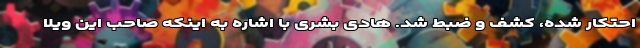
احتکار شده، کشف و ضبط شد. هادی بشری با اشاره به اینکه صاحب این ویلا